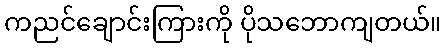
ကညင်ချောင်းကြားကို ပိုသဘောကျတယ်။